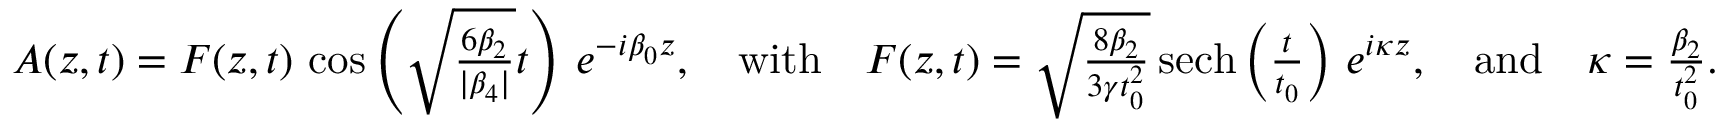
\begin{array} { r } { A ( z , t ) = F ( z , t ) \, \cos \left( \sqrt { \frac { 6 \beta _ { 2 } } { | \beta _ { 4 } | } } t \right) \, e ^ { - i \beta _ { 0 } z } , \quad \mathrm { w i t h } \quad F ( z , t ) = \sqrt { \frac { 8 \beta _ { 2 } } { 3 \gamma t _ { 0 } ^ { 2 } } } \, \mathrm { { s e c h } } \left( \frac { t } { t _ { 0 } } \right) \, e ^ { i \kappa z } , \quad \mathrm { a n d } \quad \kappa = \frac { \beta _ { 2 } } { t _ { 0 } ^ { 2 } } . } \end{array}